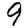
Digit: 9